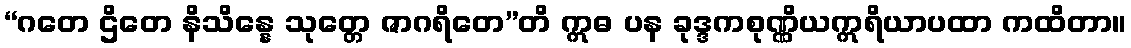
“ဂတေ ဌိတေ နိသိန္နေ သုတ္တေ ဇာဂရိတေ”တိ ဣဓ ပန ခုဒ္ဒကစုဏ္ဏိယဣရိယာပထာ ကထိတာ။